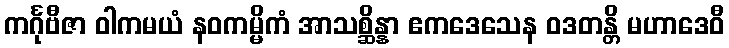
ကင်္ဂုဗီဇာ ဝါကမယံ နဝကမ္မိကံ အာသစ္ဆိန္နာ ဧကဒေသေန ဝဒတန္တိ မဟာဒေဝီ